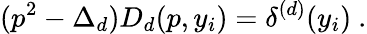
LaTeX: (p^{2}-\Delta_{d})D_{d}(p,y_{i})=\delta^{(d)}(y_{i})\ .